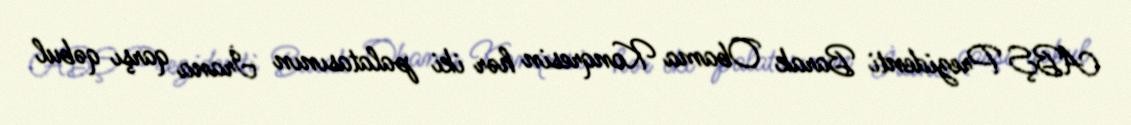
ABŞ Prezidenti Barak Obama Konqresin hər iki palatasının İrana qarşı qəbul